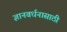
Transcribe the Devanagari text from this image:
ज्ञानवर्धनासाठी